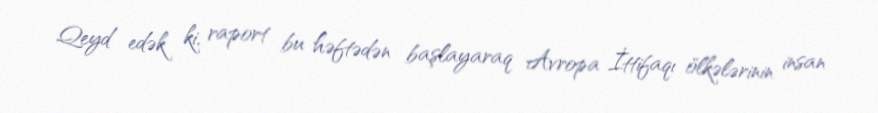
Qeyd edək ki, raport bu həftədən başlayaraq Avropa İttifaqı ölkələrinin insan